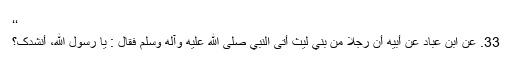
‘‘
33. عَنِ ابْنِ عِبَادٍ عَنْ أَبِيْهِ أَنَّ رَجُلًا مِنْ بَنِي لَيْثٍ أَتَی النَّبِيَّ صلی الله عليه وآله وسلم فَقَالَ : يَا رَسُوْلَ اللهِ، أُنْشِدُکَ؟